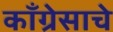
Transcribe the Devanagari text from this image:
काँग्रेसाचे